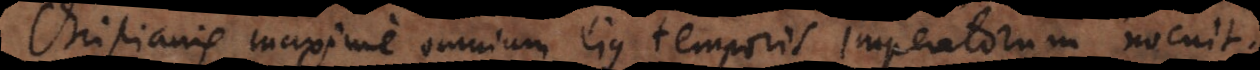
Christianis maxime omnium ejus temporis imperatorum nocuit.